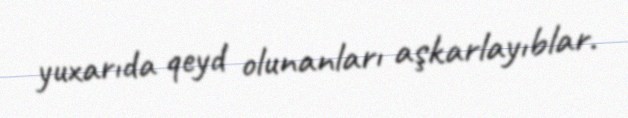
yuxarıda qeyd olunanları aşkarlayıblar.